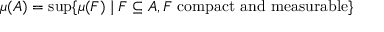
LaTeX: \mu ( A ) = \operatorname* { s u p } \{ \mu ( F ) \mid F \subseteq A , F { \mathrm { ~ c o m p a c t ~ a n d ~ m e a s u r a b l e } } \}